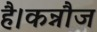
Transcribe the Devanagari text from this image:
है।कन्नौज